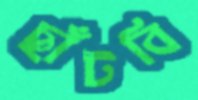
ছাঁটবি